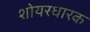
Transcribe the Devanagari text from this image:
शोयरधारक